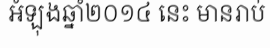
អំឡុងឆ្នាំ២០១៤ នេះ មានរាប់